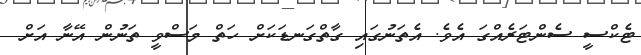
ޓެކްސީ ސެންޓަރެއްގަ އެވެ. އެތަނުގައި ގާތްގަނޑަކަށް ހަތް މަސްވީ ތަނުން އޭނާ އަށް